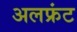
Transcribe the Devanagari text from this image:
अलफ्रंट